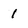
Character: l